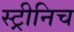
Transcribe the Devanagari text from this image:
स्ट्रीनिच